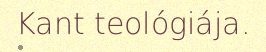
Kant teológiája.